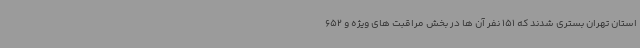
استان تهران بستری شدند که 151 نفر آن ها در بخش مراقبت های ویژه و 652